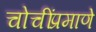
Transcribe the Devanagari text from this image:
चोचींप्रमाणे